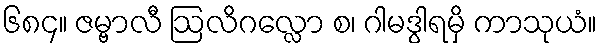
၆၈၄။ ဇမ္ဗာလီ ဩလိဂလ္လော စ၊ ဂါမဒွါရမှိ ကာသုယံ။